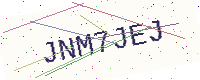
Text: JNM7JEJ